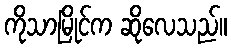
ကိုသာမြိုင်က ဆိုလေသည်။